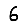
Digit: 6